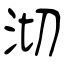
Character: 沏